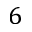
6